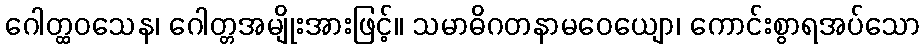
ဂေါတ္ထဝသေန၊ ဂေါတ္တအမျိုးအားဖြင့်။ သမာဓိဂတနာမဝေယျော၊ ကောင်းစွာရအပ်သော